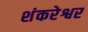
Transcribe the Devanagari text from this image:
शंकरेश्वर